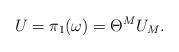
LaTeX: \begin{align*}U = \pi_1 (\omega) = \Theta^M U_M.\end{align*}